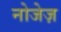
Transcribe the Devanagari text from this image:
नोजेज़